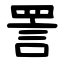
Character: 詈